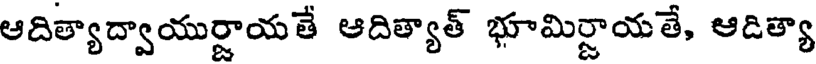
ఆదిత్యాద్వాయుర్జాయతే ఆదిత్యాత్ భూమిర్జాయతే, ఆడిత్యా